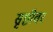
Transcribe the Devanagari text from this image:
सृष्टीवर